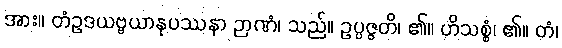
အား။ တံဥဒယဗ္ဗယာနုပဿနာ ဉာဏံ၊ သည်။ ဥပ္ပဇ္ဇတိ၊ ၏။ ဟိသစ္စံ၊ ၏။ တံ၊